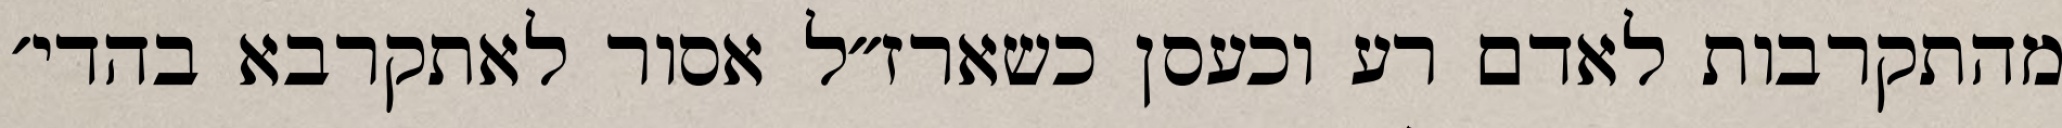
מהתקרבות לאדם רע וכעסן כשארז״ל אסור לאתקרבא בהדי׳